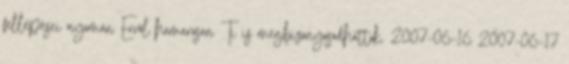
fellépései nyomán Erről hamarosan Ti is megbizonyosodhattok. 2007-06-16 2007-06-17